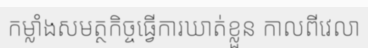
កម្លាំងសមត្ថកិច្ចធ្វើការឃាត់ខ្លួន កាលពីវេលា